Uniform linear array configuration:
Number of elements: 48
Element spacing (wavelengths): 0.25
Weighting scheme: cosine
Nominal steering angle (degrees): -45
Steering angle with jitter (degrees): -43.225
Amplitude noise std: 0.05
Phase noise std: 0.05

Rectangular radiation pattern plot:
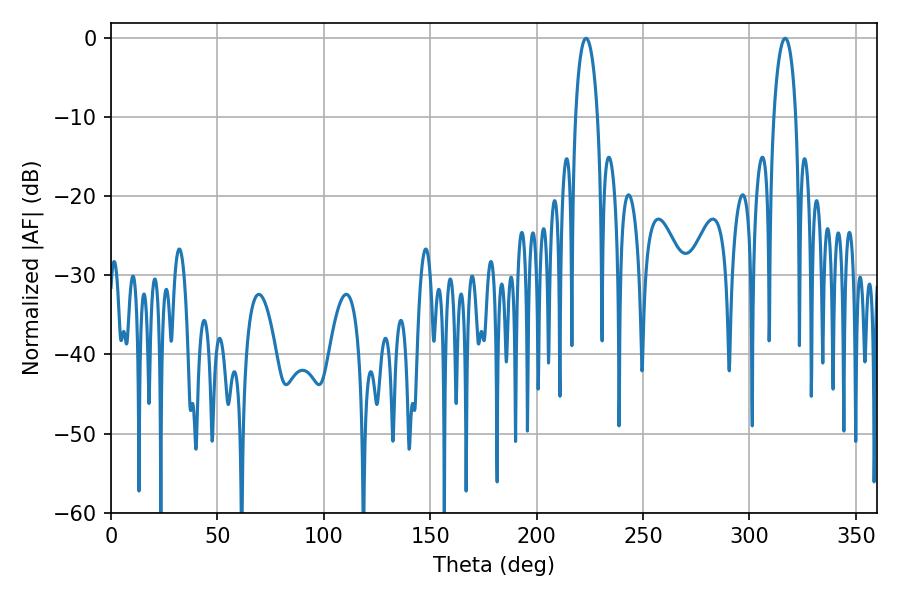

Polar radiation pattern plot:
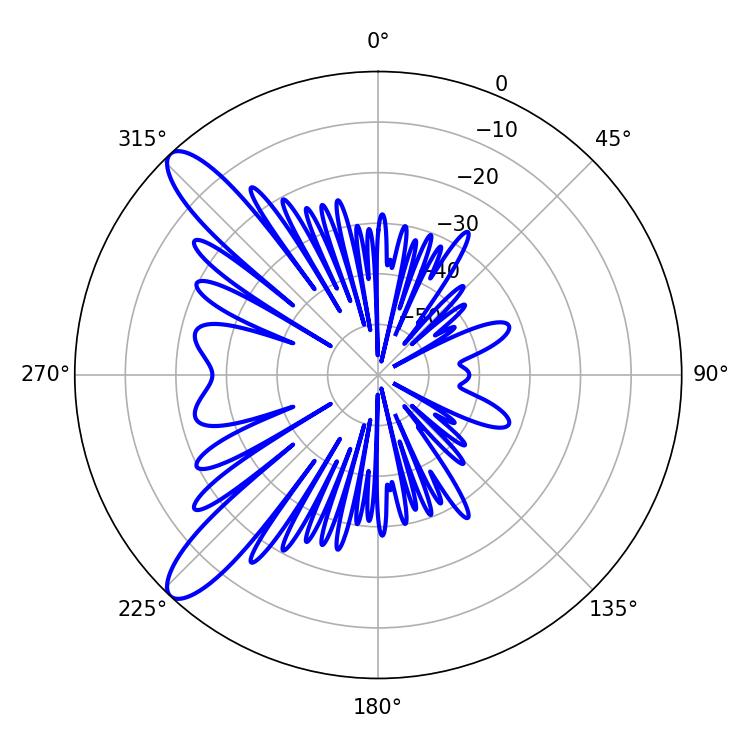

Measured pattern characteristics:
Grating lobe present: FALSE
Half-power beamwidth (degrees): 5.94
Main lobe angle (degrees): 223.2